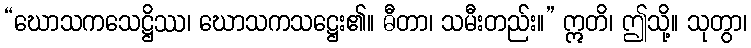
“ဃောသကသေဋ္ဌိဿ၊ ဃောသကသဋ္ဌေး၏။ ဓီတာ၊ သမီးတည်း။” ဣတိ၊ ဤသို့။ သုတွာ၊